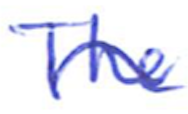
Text: The
Cross-out: mix
Writing tool: ballpoint